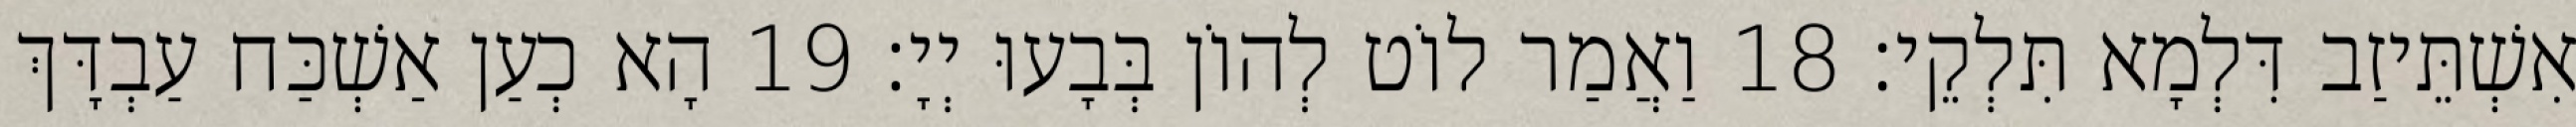
אִשְׁתֵּיזַב דִּלְמָא תִּלְקֵי׃ 18 וַאֲמַר לוֹט לְהוֹן בְּבָעוּ יְיָ׃ 19 הָא כְעַן אַשְׁכַּח עַבְדָּךְ